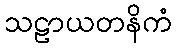
သဠာယတနိကံ